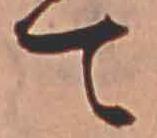
て